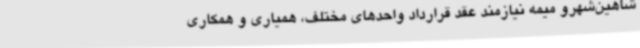
شاهین‌شهرو میمه نیازمند عقد قرارداد واحدهای مختلف، همیاری و همکاری